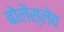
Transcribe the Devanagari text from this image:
बोलेस्लेव